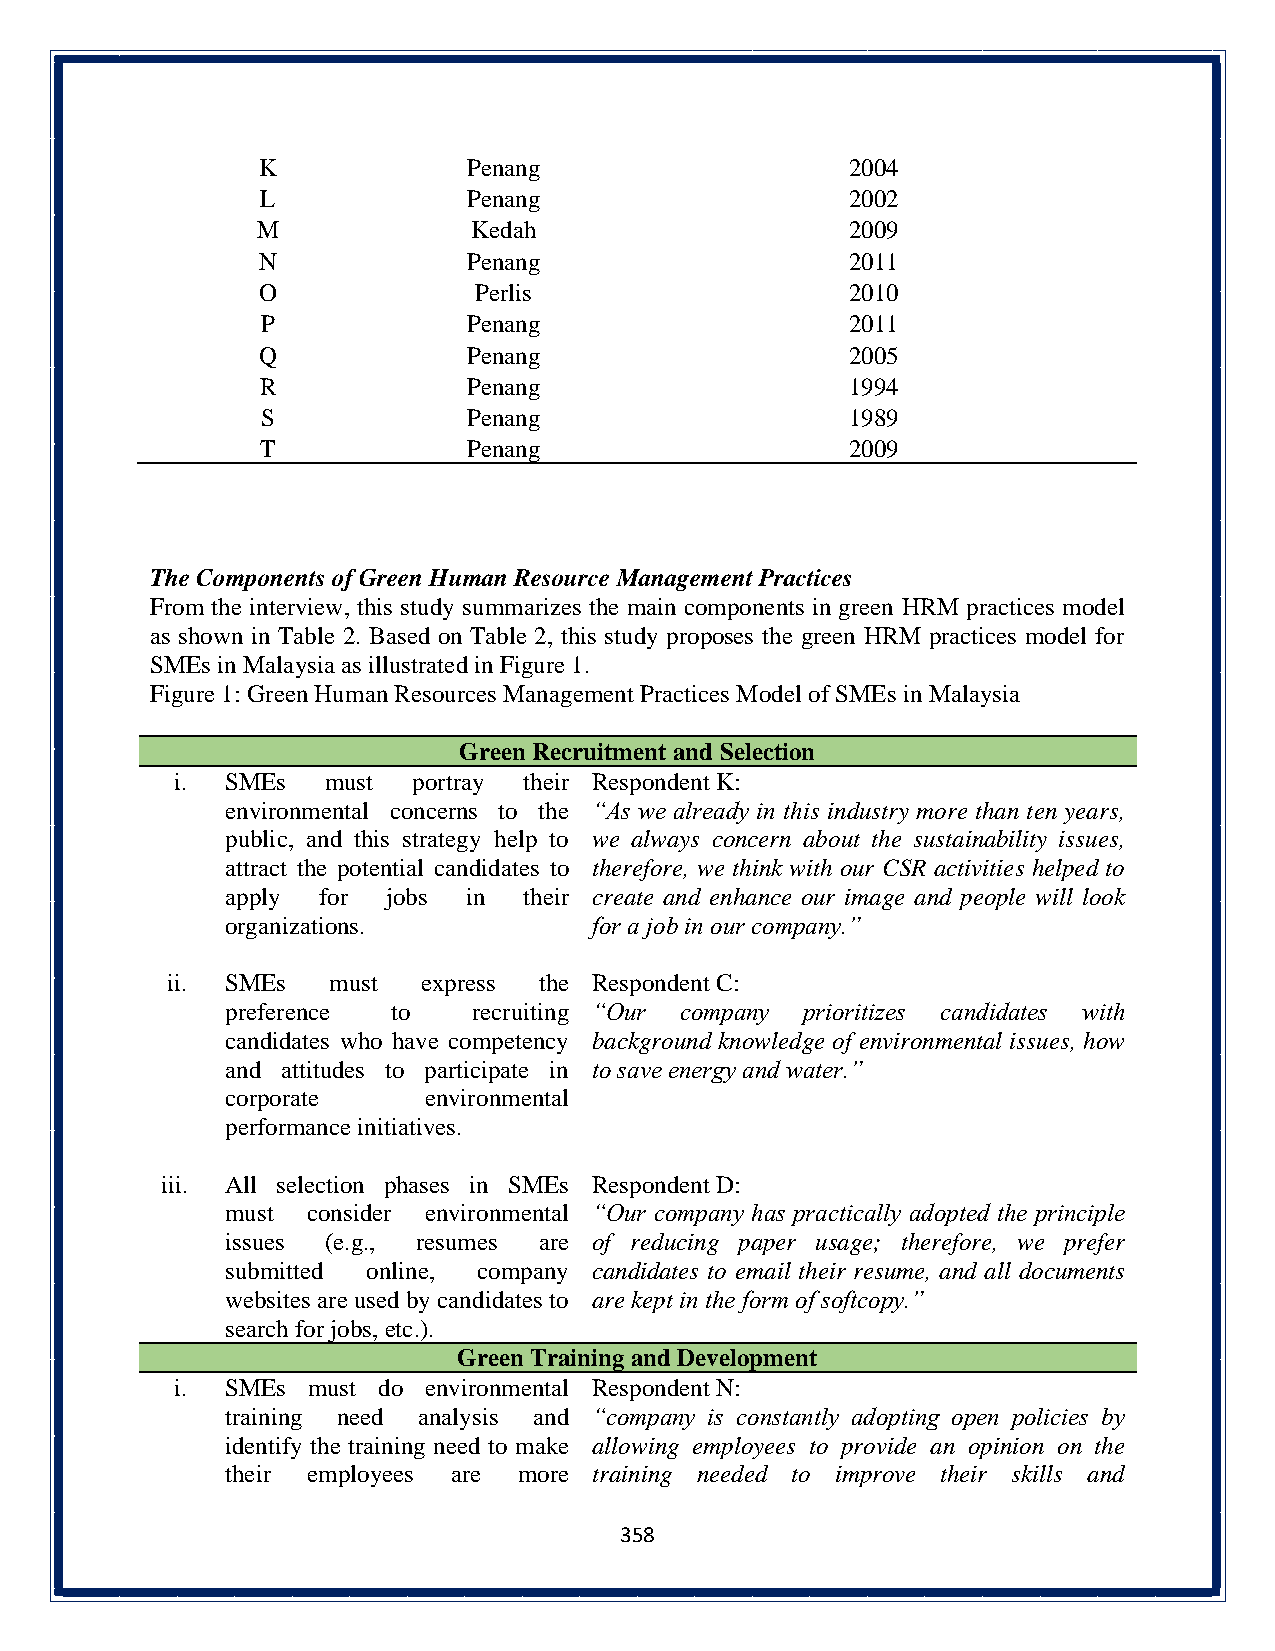
K             Penang                   2004
 L             Penang                   2002
 M             Kedah                    2009
 N             Penang                   2011
 O             Perlis                   2010
 P             Penang                   2011
 Q             Penang                   2005
 R             Penang                   1994
 S             Penang                   1989
 T             Penang                   2009
 The Components of Green Human Resource Management Practices
 From the interview, this study summarizes the main components in green HRM practices model
 as shown in Table 2. Based on Table 2, this study proposes the green HRM practices model for
 SMEs in Malaysia as illustrated in Figure 1.
 Figure 1: Green Human Resources Management Practices Model of SMEs in Malaysia
 Green Recruitment and Selection
 i. SMEs   must portray their Respondent K:
 environmental concerns to the “As we already in this industry more than ten years,
 public, and this strategy help to we always concern about the sustainability issues,
 attract the potential candidates to therefore, we think with our CSR activities helped to
 apply for  jobs in  their create and enhance our image and people will look
 organizations.          for a job in our company.”
 ii. SMEs   must  express the Respondent C:
 preference to   recruiting “Our company prioritizes candidates with
 candidates who have competency background knowledge of environmental issues, how
 and attitudes to participate in to save energy and water.”
 corporate    environmental
 performance initiatives.
 iii. All selection phases in SMEs Respondent D:
 must consider environmental “Our company has practically adopted the principle
 issues (e.g., resumes are of reducing paper usage; therefore, we prefer
 submitted online, company candidates to email their resume, and all documents
 websites are used by candidates to are kept in the form of softcopy.”
 search for jobs, etc.).
 Green Training and Development
 i. SMEs must do environmental Respondent N:
 training need analysis and “company is constantly adopting open policies by
 identify the training need to make allowing employees to provide an opinion on the
 their employees are more training needed to improve their skills and
 358